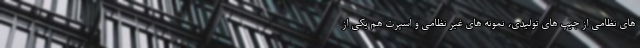
های نظامی از جیپ های تولیدی، نمونه های غیر نظامی و اسپرت هم یکی از